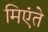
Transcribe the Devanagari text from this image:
मिएंते